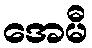
အေမီ